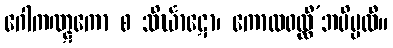
ဂေါကဏ္ဋကော စ သိင်္ဃာဋော၊ ကောလဝလ္လီ’ဘပိပ္ပလီ။